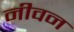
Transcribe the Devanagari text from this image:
नीवन